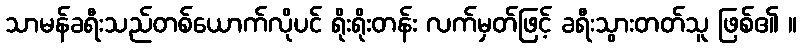
သာမန်ခရီးသည်တစ်ယောက်လိုပင် ရိုးရိုးတန်း လက်မှတ်ဖြင့် ခရီးသွားတတ်သူ ဖြစ်၏ ။